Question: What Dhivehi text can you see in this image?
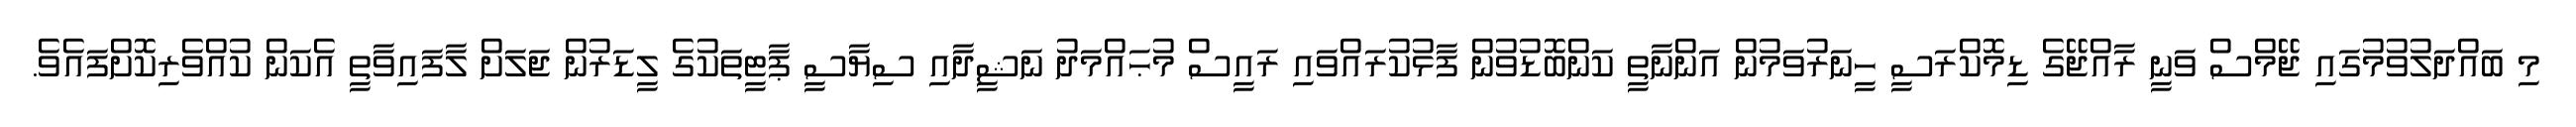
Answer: މި ބައްދަލުވުމުގައި ޖޭމްސް ވަނީ ރާއްޖޭގެ ޑިމޮކްރަސީ ހީނަރުވަމުން އަންނާތީ ކަންބޮޑުވުން ފާޅުކުރައްވައި ރައީސް މުޙައްމަދު ނަޝީދާއި ސިޔާސީ ޕާޓީތަކުގެ ލީޑަރުން ޖަލަށް ލާފައިވާތީ އެކަން ކުއްވެރިކޮށްފައެވެ.